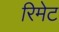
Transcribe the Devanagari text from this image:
रिमेट